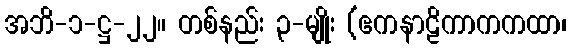
အဘိ-၁-ဋ္ဌ-၂၂။ တစ်နည်း ၃-မျိုး (ဧကနာဠိကာကကထာ၊